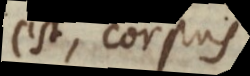
est, corpus